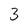
Character: 3